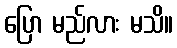
ပြော မည်လား မသိ။